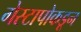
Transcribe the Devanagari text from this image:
गेस्टापोकडून